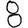
Digit: 8